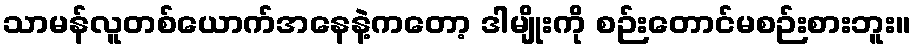
သာမန်လူတစ်ယောက်အနေနဲ့ကတော့ ဒါမျိုးကို စဉ်းတောင်မစဉ်းစားဘူး။